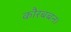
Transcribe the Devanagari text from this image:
कौरबबन।